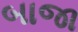
બાજા